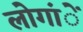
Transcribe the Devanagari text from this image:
लोगांें